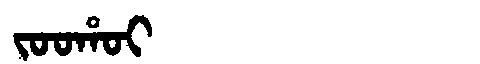
Manchu: ᠵᠣᠣᡥᠣᡳ
Romanization: JOOHOI